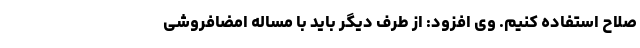
صلاح استفاده کنیم. وی افزود: از طرف دیگر باید با مساله امضافروشی